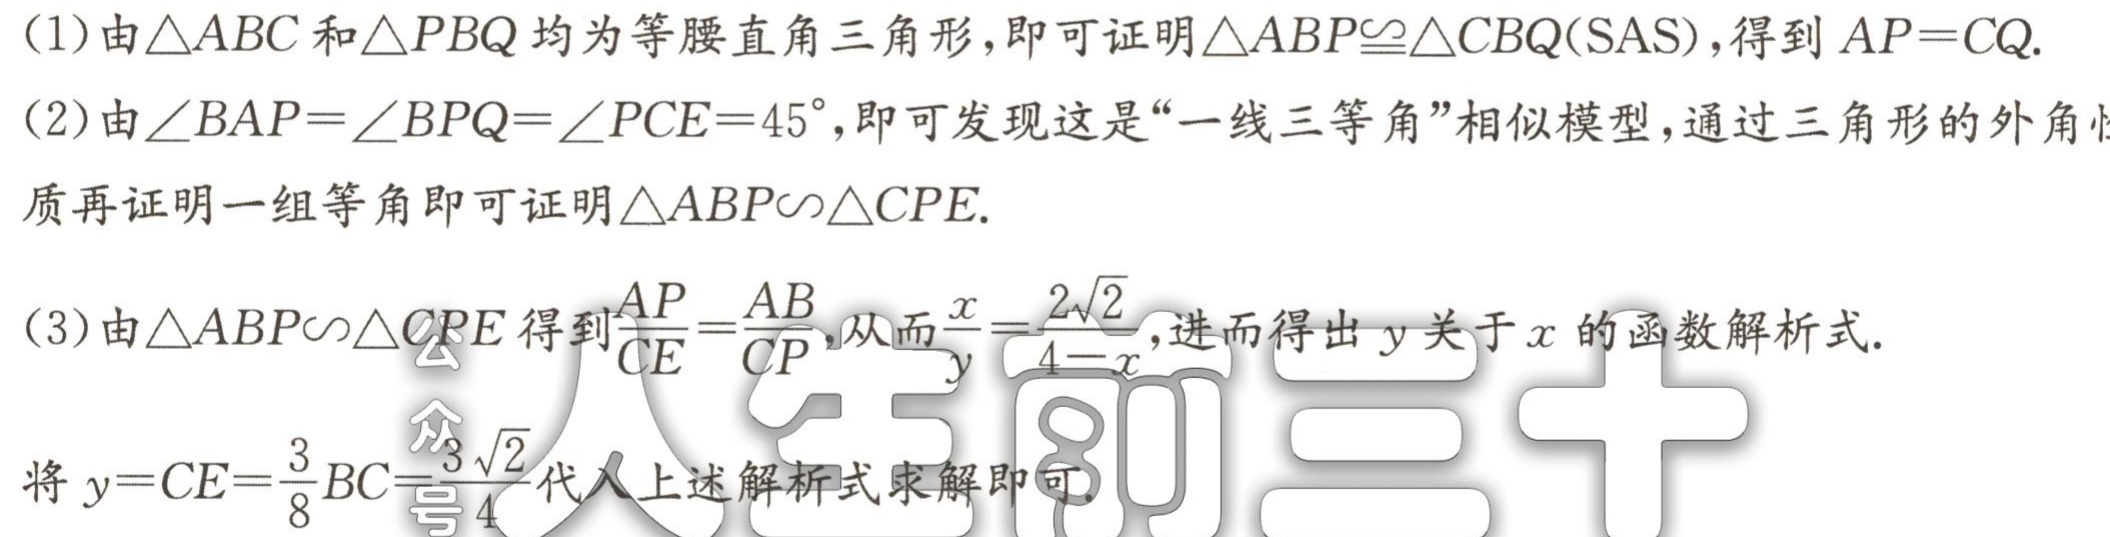
(1)由\(\triangle ABC\)和\(\triangle PBQ\)均为等腰直角三角形,即可证明\(\triangle ABP\cong\triangle CBQ(\text{SAS})\),得到\(AP = CQ\).
(2)由\(\angle BAP=\angle BPQ=\angle PCE = 45^{\circ}\),即可发现这是“一线三等角”相似模型,通过三角形的外角性质再证明一组等角即可证明\(\triangle ABP\sim\triangle CPE\).
(3)由\(\triangle ABP\sim\triangle CPE\)得到\(\frac{AP}{CE}=\frac{AB}{CP}\),从而\(\frac{x}{y}=\frac{2\sqrt{2}}{4 - x}\),进而得出\(y\)关于\(x\)的函数解析式.
将\(y = CE=\frac{3}{8}BC=\frac{3\sqrt{2}}{4}\)代入上述解析式求解即可.